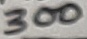
Text: 300